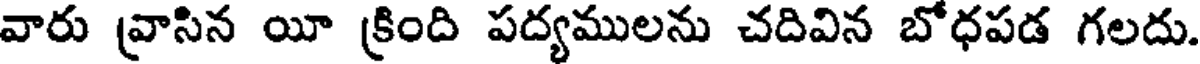
వారు వ్రాసిన యీ క్రింది పద్యములను చదివిన బోధపడ గలదు.